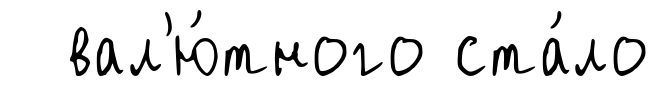
вал'ю́тного ста́ло